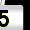
Digit: 5